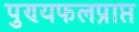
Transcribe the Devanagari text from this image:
पुण्यफलप्राप्त